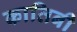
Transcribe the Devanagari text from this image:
कातिबी